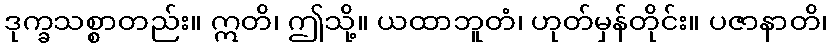
ဒုက္ခသစ္စာတည်း။ ဣတိ၊ ဤသို့။ ယထာဘူတံ၊ ဟုတ်မှန်တိုင်း။ ပဇာနာတိ၊